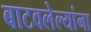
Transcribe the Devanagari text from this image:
बाटवलेल्यांना